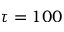
\tau = 1 0 0